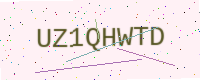
Text: UZ1QHWTD